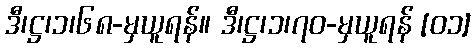
ဒီ၊ဋ္ဌ၊၁၊၆၈-မှယူရန်။ ဒီ၊ဋ္ဌ၊၁၊၇၀-မှယူရန် [၀၁]